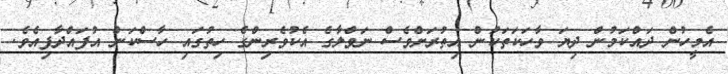
އެމީހުން ދައްކަމުން ދިޔަ ވާހަކަތަކުން އިތުރަށްވެސް ނަވްލާގެ އެކުވެރިންގެ ހިތުގައި ހާސްކަން އުފައްދާފިއެވެ.